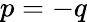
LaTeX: p=-q